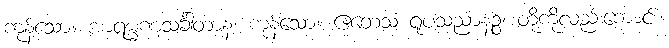
ကုန်သော။ အာရမ္မဏသင်္ခါတာနံ၊ ကုန်သော။ ဧတေသံ ရူပသညာနဉ္စ၊ တို့ကိုလည်းကောင်း။